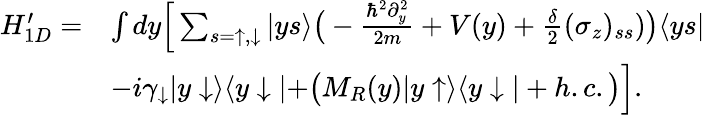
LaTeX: \begin{array}{rl}{H_{1D}^{\prime}=}&{\int dy\Big[\sum_{s=\uparrow,\downarrow}|ys\rangle\bigr(-\frac{\hbar^{2}\partial_{y}^{2}}{2m}+V(y)+\frac{\delta}{2}(\sigma_{z})_{ss})\bigr)\langle ys|}\\ &{-i\gamma_{\downarrow}|y\downarrow\rangle\langle y\downarrow|+\bigr(M_{R}(y)|y\uparrow\rangle\langle y\downarrow|+h.c.\bigr)\Big].}\end{array}